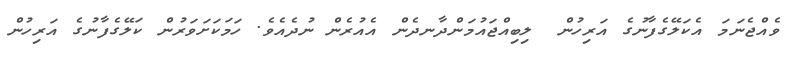
ވެއްޖެނަމަަ އެކަލޭގެފާނުގެ އަރިހުން  ލިބިއްޖައުމަންދާނދެން އެއުރެން ނުދެއެވެ. ހަމަކަށަވަރުން ކަލޭގެފާނުގެ އަރިހުން